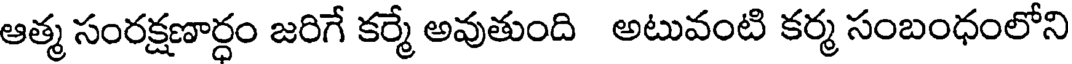
ఆత్మ సంరక్షణార్ధం జరిగే కర్మే అవుతుంది అటువంటి కర్మ సంబంధంలోని